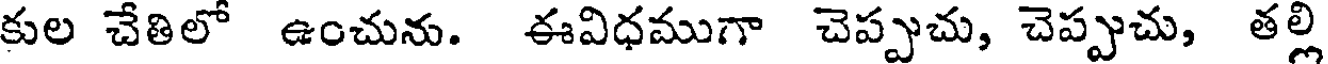
కుల చేతిలో ఉంచును. ఈవిధముగా చెప్పుచు, చెప్పుచు, తల్లి